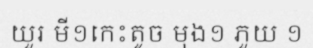
យួរ មី១កេះតូច មុង១ ភួយ ១